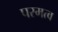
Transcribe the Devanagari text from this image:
परमत्व